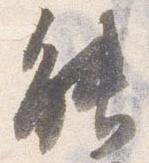
能